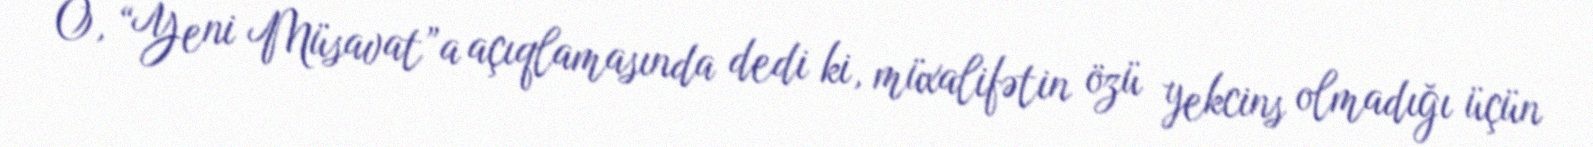
O, “Yeni Müsavat”a açıqlamasında dedi ki, müxalifətin özü yekcins olmadığı üçün